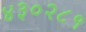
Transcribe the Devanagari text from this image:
४३०२८१